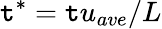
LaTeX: \mathtt{t}^{*}=\mathtt{t}u_{ave}/L